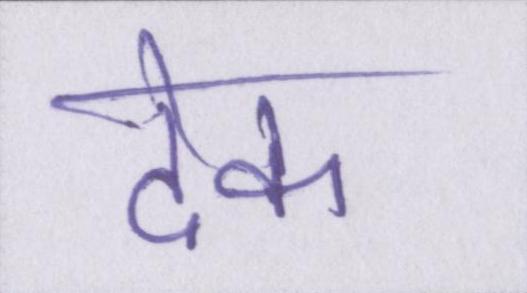
देक